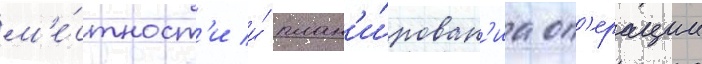
м'е́стност'и и́ план'и́рован'иа оп'ерации